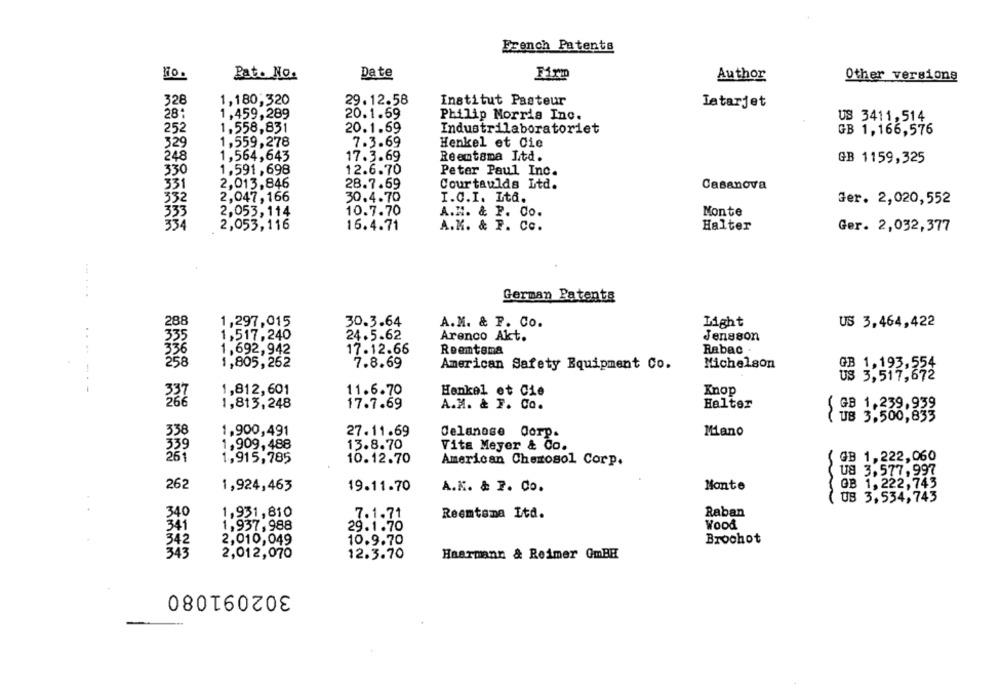
French Patents
Pato No.
Date
Firm
Author
Other versions
328
1,180,320
29.12.58
Institut Pasteur
Latarjet
28
1,459,289
20.1.69
Philip Morris Inc.
US 3411,514
252
1.558,831
20.1.69
Industrilaboratoriet
GB 1,166,576
329
1,559,278
7.3.69
Henkel et Cie
248
1,564,643
17.3.69
Reemtsma Ltd.
GB 1159,325
330
1,591, 698
12.6.70
Peter Paul Inc.
331
2,013,846
28.7.69
Courtaulds Ltd.
Casanova
352
2,047, 166
30.4.70
I.C.I. Ita.
Ger. 2,020,552
333
2,053,114
10.7.70
A.H. & P. Co.
Monte
334
2,053,116
16.4.71
A.M. & F. Co.
Halter
Ger. 2,032,377
... ...
German Patents
288
1,297,015
30.3.64
A.M. & P. Co.
Light
US 3,464,422
1,517,240
24.5.62
Arenco Akt.
Jensson
....
336
1,692,942
17.12.66
Reemtsma
Rabac
258
1,805,262
7.8.69
American Safety Equipment Co.
Michelson
GB 1,193,554
US 3,517,672
-
1,812,601
11.6.70
Henkel et Cie
Knop
1,813,248
17.7.69
A.M. & F. Co.
Halter
GB 1.239,939
{ UB 3,500,833
338
1,900,491
27.11.69
Celanese Corp.
Mano
339
1,909,488
13.8.70
Vita Meyer & Co.
GB 1,222,060
26
1,915,785
10.12.70
American Cherosol Corp.
U8 3,577,997
262
GB 1, 222,743
1,924,463
19.11.70
A.K. & 7. Co.
Monte
UB 3,534,743
340
1,931,810
7.1.71
Reemtsma Ltd.
Raban
341
1,937,988
Wood
29.1.70
342
Brochot
2,010,049
10.9.70
343
2,012,070
12.3.70
Haarmann & Reimer GmBH
302091080